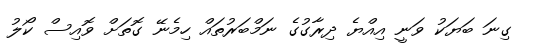
ގިނަ ބަޔަކު ވަނީ އިއްޔެ ދިރާގުގެ ނަމްބަރުތައް ހިމެނޭ ގޮތަށް ވޮއިސް ކޯލު